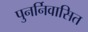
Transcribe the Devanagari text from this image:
पुनर्निवासित